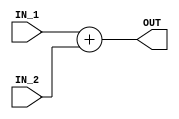
module Adder #(parameter WIDTH =32) (
input        wire       [WIDTH-1:0]      IN_1,
input        wire       [WIDTH-1:0]      IN_2,

output       wire       [WIDTH-1:0]      OUT
);

assign OUT = IN_1 + IN_2;

endmodule